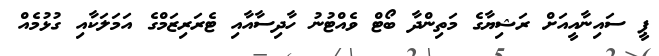
ޕީ ސައިނާއީއަށް ރަޝިޔާގެ މަތިންދާ ބޯޓް ވެއްޓުނު ހާދިސާއާއި ޓެރަރިޒަމްގެ އަމަލަކާއި ގުޅުމެއް